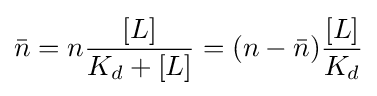
{\bar {n}}=n{\frac {[L]}{K_{d}+[L]}}=(n-{\bar {n}}){\frac {[L]}{K_{d}}}